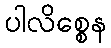
ပါလိစ္စေန